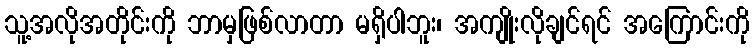
သူ့အလိုအတိုင်းကို ဘာမှဖြစ်လာတာ မရှိပါဘူး၊ အကျိုးလိုချင်ရင် အကြောင်းကို